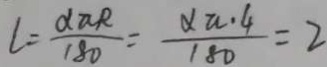
l = \frac { \alpha \pi R } { 1 8 0 } = \frac { \alpha \pi \cdot 4 } { 1 8 0 } = 2